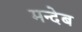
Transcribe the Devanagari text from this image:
मन्देब